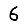
Digit: 6